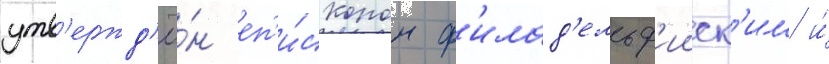
утв'ержд'ё́н еп'и́скопом ф'илад'ельф'ииск'им и́